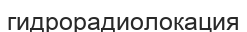
гидрорадиолокация